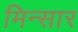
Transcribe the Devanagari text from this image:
मिन्सार